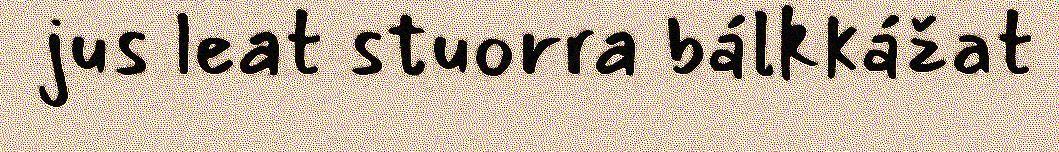
jus leat stuorra bálkkážat